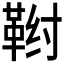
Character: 𬰤